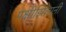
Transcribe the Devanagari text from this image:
पक्षीझिलानी